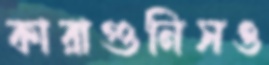
কারাগুনিসও